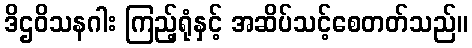
ဒိဌဝိသနဂါး ကြည့်ရုံနှင့် အဆိပ်သင့်စေတတ်သည်။